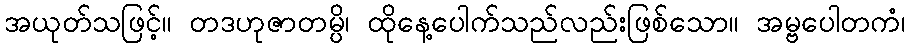
အယုတ်သဖြင့်။ တဒဟုဇာတမ္ပိ၊ ထိုနေ့ပေါက်သည်လည်းဖြစ်သော။ အမ္ဗပေါတကံ၊